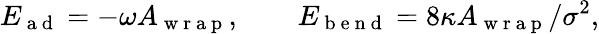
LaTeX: E_{\mathrm{~a~d~}}=-\omega A_{\mathrm{~w~r~a~p~}},\quad\quad E_{\mathrm{~b~e~n~d~}}=8\kappa A_{\mathrm{~w~r~a~p~}}/\sigma^{2},